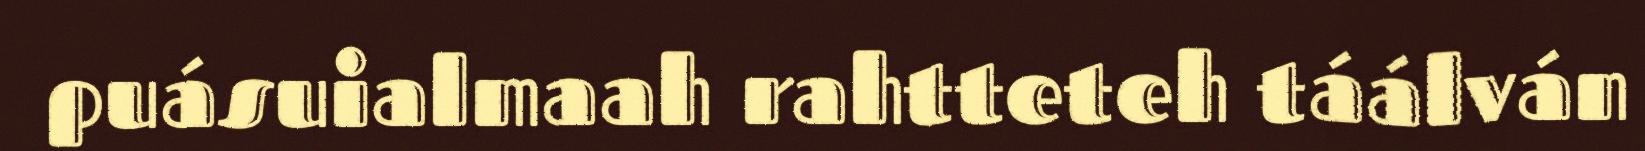
puásuialmaah rahtteteh táálván